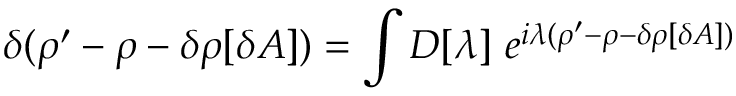
\delta ( \rho ^ { \prime } - \rho - \delta \rho [ \delta A ] ) = \int D [ \lambda ] \ e ^ { i \lambda ( \rho ^ { \prime } - \rho - \delta \rho [ \delta A ] ) }